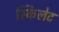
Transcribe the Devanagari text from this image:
स्किलेट